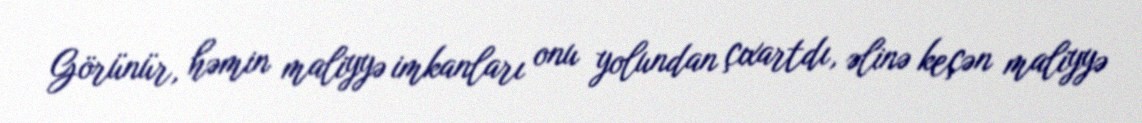
Görünür, həmin maliyyə imkanları onu yolundan çıxartdı, əlinə keçən maliyyə